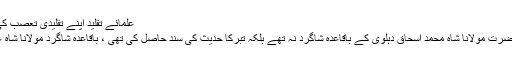
علمائے تقلید اپنے تقلیدی تعصب کی بنیاد پر یہ پروپیگنڈا کرتے ہیں کہ
مولانا سید محمد نذیر حسین دہلوی حضرت مولانا شاہ محمد اسحاق دہلوی کے باقاعدہ شاگرد نہ تھے بلکہ تبرکاً حدیث کی سند حاصل کی تھی ، باقاعدہ شاگرد مولانا شاہ عبد الغنی مجددی( م 1296ھ) تھے ۔